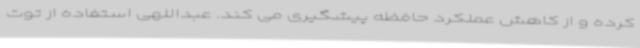
کرده و از کاهش عملکرد حافظه پیشگیری می کند. عبداللهی استفاده از توت